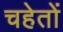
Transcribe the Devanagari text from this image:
चहेतों